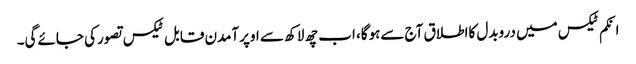
انکم ٹیکس میں دروبدل کااطلاق آج سےہوگا، اب چھ لاکھ سے اوپرآمدن قابل ٹیکس تصورکی جائےگی۔